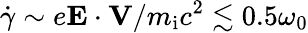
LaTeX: \dot{\gamma}\sim e\mathbf{E}\cdot\mathbf{V}/m_{\mathrm{i}}c^{2}\lesssim 0.5\omega_{0}